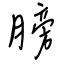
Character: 膀